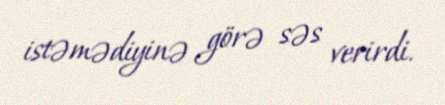
istəmədiyinə görə səs verirdi.